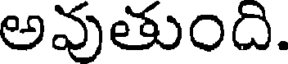
అవుతుంది.